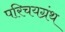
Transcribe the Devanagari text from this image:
परिचयग्रंथ